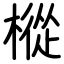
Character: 樅